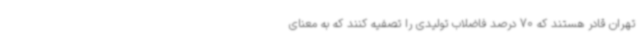
تهران قادر هستند که 70 درصد فاضلاب تولیدی را تصفیه کنند که به معنای